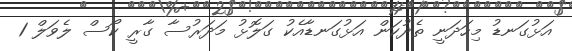
އަޅުގަނޑު މިހަދަނީ ތެދުކަން އަޅުގަނޑާއެކު ގަލޮޅު މަދަރުސާ ގާރީ ކޯސް ލެވަލް 1